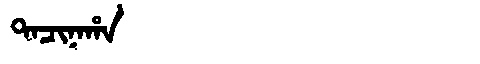
Manchu: ᡨᠠᠴᡳᠨᠠᡥᠠ
Romanization: TACINAHA